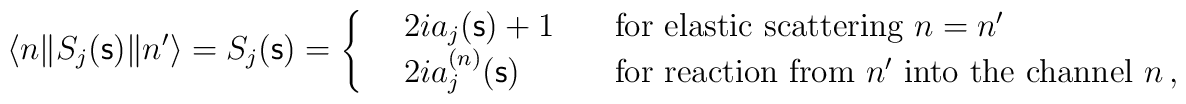
\langle n \| S_j({\mathsf s})\| n'\rangle=S_j({\mathsf s})=      \left\{ \begin{array}{lll}     &2ia_j({\mathsf s})+1 \quad &\mbox{for elastic scattering $n=n '$} \\     &2ia_j^{(n)}({\mathsf s}) \quad &\mbox{for reaction from $n'$      into the channel $n$} \, ,      \end{array} \right.